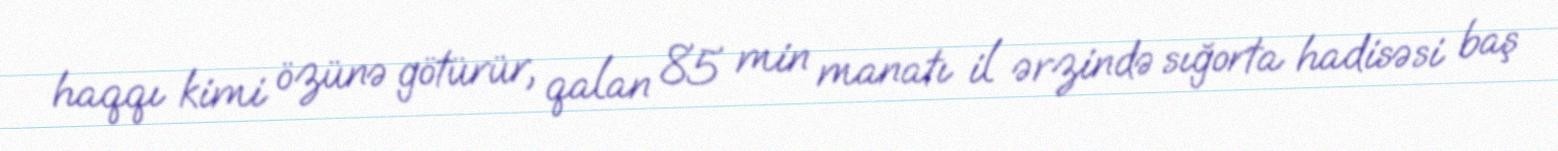
haqqı kimi özünə götürür, qalan 85 min manatı il ərzində sığorta hadisəsi baş